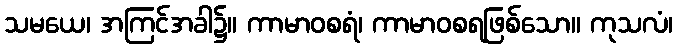
သမယေ၊ အကြင်အခါ၌။ ကာမာဝစရံ၊ ကာမာဝစရဖြစ်သော။ ကုသလံ၊